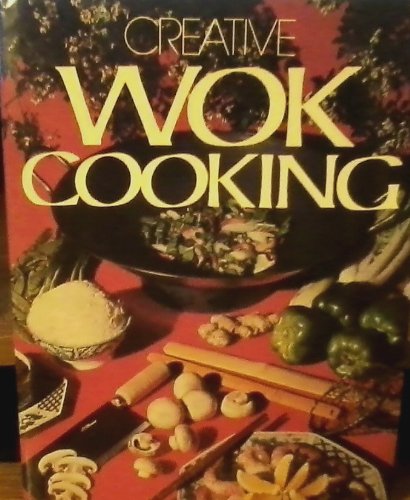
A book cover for Creative Wok Cooking; Outlet Book Company Staff; Cookbooks, Food & Wine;